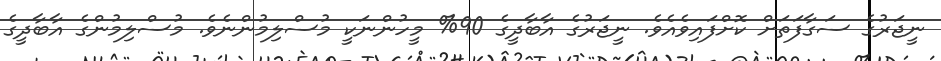
ނީޖަރުގެ ސަގާފަތަށް ކޮށްފައިވެއެވެ. ނީޖަރުގެ އާބާދީގެ 90% މީހުންނަކީ މުސްލިމުންނެވެ. މުސްލިމުންގެ އާބާދީގެ